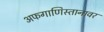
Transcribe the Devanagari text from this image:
अफगाणिस्तानावर